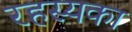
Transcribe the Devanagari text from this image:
रहस्यका